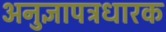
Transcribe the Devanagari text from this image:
अनुज्ञापत्रधारक